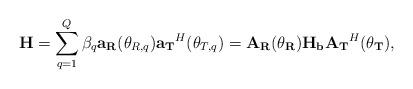
LaTeX: \begin{align*}{\bf H} = \sum_{q=1}^{Q} \beta_{q} {\bf a_{R}}(\theta_{R,q}) {\bf a_{T}}^{H}(\theta_{T,q}) = {\bf A_{R}(\theta_{R})} {\bf H_{b}} {\bf A_{T}}^{H}{\bf (\theta_{T})},\end{align*}